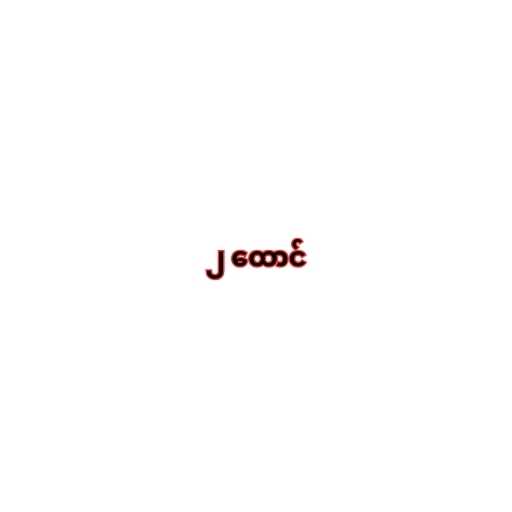
၂ ထောင်